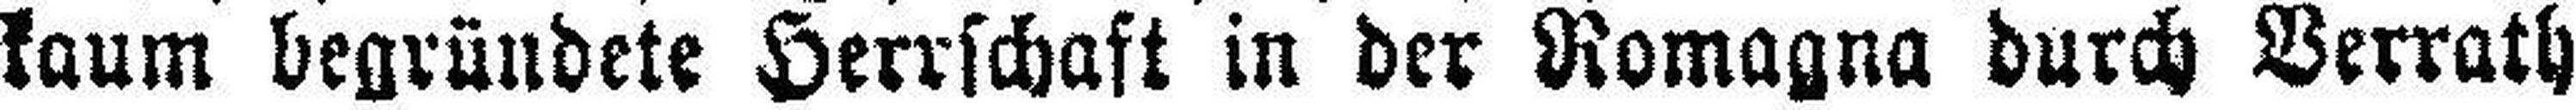
kaum begründete Herrschaft in der Romagna durch Berrath